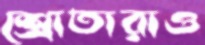
শ্রোতারাও